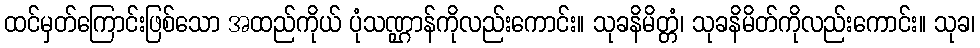
ထင်မှတ်ကြောင်းဖြစ်သော အထည်ကိုယ် ပုံသဏ္ဌာန်ကိုလည်းကောင်း။ သုခနိမိတ္တံ၊ သုခနိမိတ်ကိုလည်းကောင်း။ သုခ၊